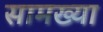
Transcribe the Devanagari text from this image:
सामख्या